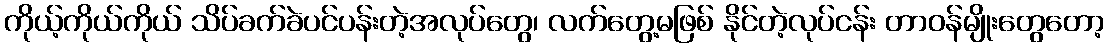
ကိုယ့်ကိုယ်ကိုယ် သိပ်ခက်ခဲပင်ပန်းတဲ့အလုပ်တွေ၊ လက်တွေ့မဖြစ် နိုင်တဲ့လုပ်ငန်း တာဝန်မျိုးတွေတော့